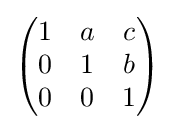
{\begin{pmatrix}1&a&c\\0&1&b\\0&0&1\\\end{pmatrix}}